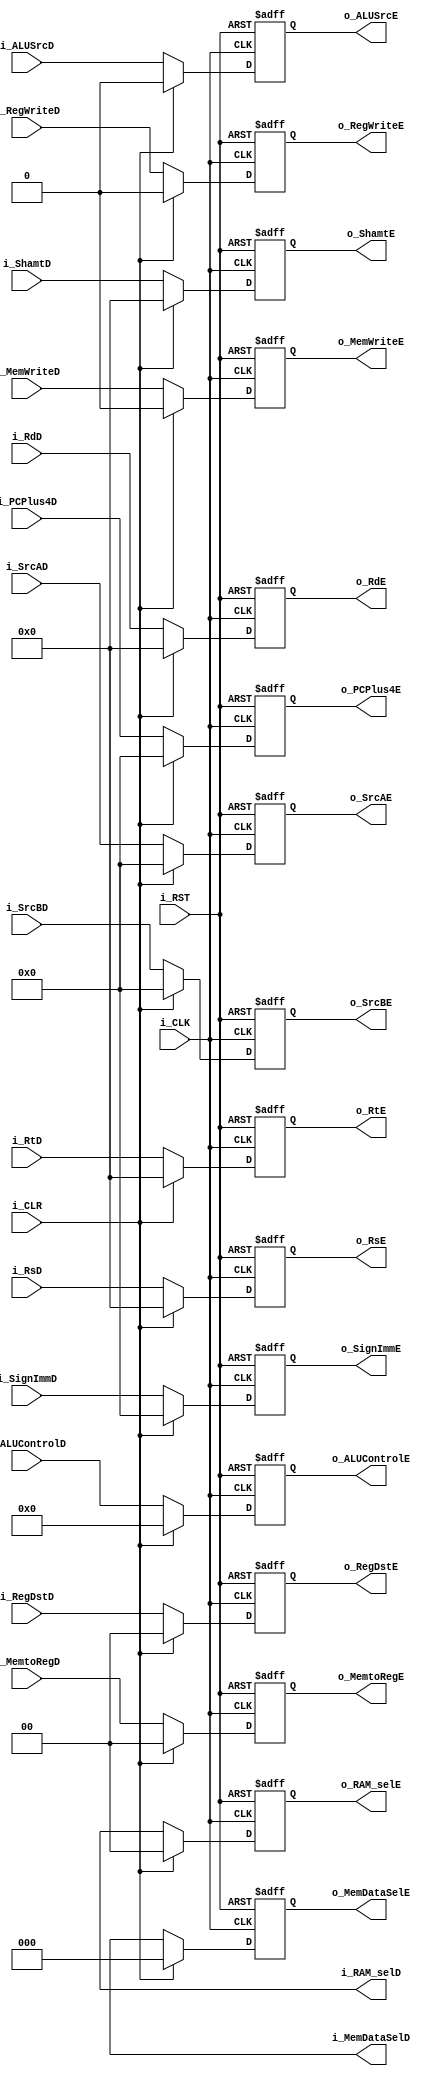
module decode_to_execute_reg #(
    parameter DATA_WIDTH = 32,  
    parameter ADDRESS_WIDTH = 32, // Defines the number of bits for the memory address
    parameter RF_ADDR_WIDTH = 5, 
    parameter INSTR_WIDTH = 32  // Defines the number of bits for the instruction
) (
    input   wire                       i_CLK,
    input   wire                       i_RST,
    input   wire                       i_CLR,
    // Data BUSES
    input   wire  [DATA_WIDTH-1:0]     i_SrcAD,
    input   wire  [DATA_WIDTH-1:0]     i_SrcBD,
    input   wire  [RF_ADDR_WIDTH-1:0]  i_RsD,
    input   wire  [RF_ADDR_WIDTH-1:0]  i_RtD,
    input   wire  [RF_ADDR_WIDTH-1:0]  i_RdD,
    input   wire  [ADDRESS_WIDTH-1:0]  i_SignImmD,
    input   wire  [ADDRESS_WIDTH-1:0]  i_PCPlus4D,
    input   wire  [4:0]                i_ShamtD,
    output  reg   [DATA_WIDTH-1:0]     o_SrcAE,
    output  reg   [DATA_WIDTH-1:0]     o_SrcBE, 
    output  reg   [RF_ADDR_WIDTH-1:0]  o_RsE,
    output  reg   [RF_ADDR_WIDTH-1:0]  o_RtE,
    output  reg   [RF_ADDR_WIDTH-1:0]  o_RdE,
    output  reg   [ADDRESS_WIDTH-1:0]  o_SignImmE,
    output  reg   [ADDRESS_WIDTH-1:0]  o_PCPlus4E,
    output  reg   [4:0]                o_ShamtE,
    // Control Signals
    input   wire                       i_RegWriteD,
    input   wire  [1:0]                i_MemtoRegD,
    input   wire                       i_MemWriteD,
    input   wire  [3:0]                i_ALUControlD,
    input   wire                       i_ALUSrcD,
    input   wire  [1:0]                i_RegDstD,
    output  reg                        o_RegWriteE,
    output  reg   [1:0]                o_MemtoRegE,
    output  reg                        o_MemWriteE,
    output  reg   [3:0]                o_ALUControlE,
    output  reg                        o_ALUSrcE,
    output  reg   [1:0]                o_RegDstE,
    output 	reg   [2:0]                i_MemDataSelD,	
    output 	reg   [2:0]                o_MemDataSelE,
	output  reg   [1:0]	               i_RAM_selD,	
	output  reg   [1:0]	               o_RAM_selE
   
);

    always @(posedge i_CLK or negedge i_RST) begin
        if (~i_RST) begin
            o_SrcAE <= 'b0;
            o_SrcBE <= 'b0;
            o_SignImmE <= 'b0;
            o_RsE <= 'b0;
            o_RtE <= 'b0;
            o_RdE <= 'b0;
            o_RegWriteE <= 'b0;
            o_MemtoRegE <= 'b0;
            o_MemWriteE <= 'b0;
            o_ALUControlE <= 'b0;
            o_ALUSrcE <= 'b0;
            o_RegDstE <= 'b0;
            o_PCPlus4E <= 'b0;
            o_ShamtE <= 'b0;
			o_MemDataSelE <= 'b0;
			o_RAM_selE <= 'b0;
        end
        else if (i_CLR) begin
            o_SrcAE <= 'b0;
            o_SrcBE <= 'b0;
            o_SignImmE <= 'b0;
            o_RsE <= 'b0;
            o_RtE <= 'b0;
            o_RdE <= 'b0;
            o_RegWriteE <= 'b0;
            o_MemtoRegE <= 'b0;
            o_MemWriteE <= 'b0;
            o_ALUControlE <= 'b0;
            o_ALUSrcE <= 'b0;
            o_RegDstE <= 'b0;
            o_PCPlus4E <= 'b0;
            o_ShamtE <= 'b0;
			o_MemDataSelE <= 'b0;
			o_RAM_selE <= 'b0;
        end
        else begin
            o_SrcAE <= i_SrcAD;
            o_SrcBE <= i_SrcBD;
            o_SignImmE <= i_SignImmD;
            o_RsE <= i_RsD;
            o_RtE <= i_RtD;
            o_RdE <= i_RdD;
            o_RegWriteE <= i_RegWriteD;
            o_MemtoRegE <= i_MemtoRegD;
            o_MemWriteE <= i_MemWriteD;
            o_ALUControlE <= i_ALUControlD;
            o_ALUSrcE <= i_ALUSrcD;
            o_RegDstE <= i_RegDstD;
            o_PCPlus4E <= i_PCPlus4D;
            o_ShamtE <= i_ShamtD;
			o_MemDataSelE <= i_MemDataSelD;
			o_RAM_selE <= i_RAM_selD;
        end
    end
endmodule